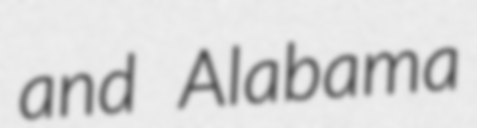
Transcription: and Alabama